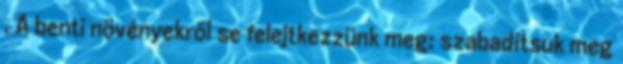
. A benti növényekről se felejtkezzünk meg: szabadítsuk meg